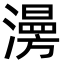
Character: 澷